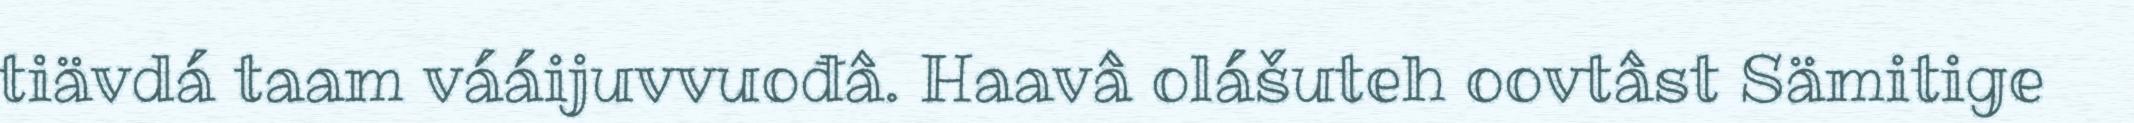
tiävdá taam vááijuvvuođâ. Haavâ olášuteh oovtâst Sämitige